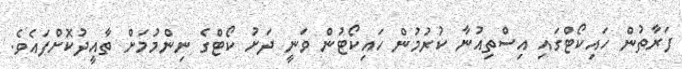
ފަރާތުން ހައިކޯޓްގައި އިސްތިއުނާ ކުރުމުން ހައިކޯޓުން ވަނީ ދަށު ކޯޓްގެ ނިންމުމަށް ތާއީދުކޮށްފައެވެ.